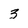
Character: 3